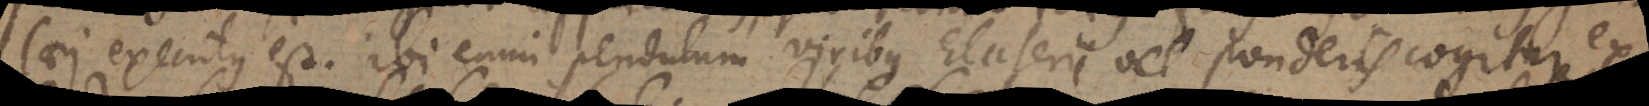
laei executus est, ibi enim pendulum viribus Elaterii vel ponderis cogitur ex